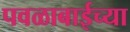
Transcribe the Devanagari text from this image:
पवळाबाईच्या